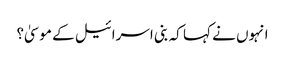
انہوں نے کہا کہ بنی اسرائیل کے موسیٰ؟